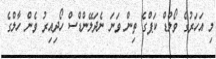
މި އަހަރުގެ ވޯލްޑް ކަޕްގެ ތިން ވަނަ ނެދަލޭންޑްސް ހޯދިއިރު ވެން ހާލްގެ